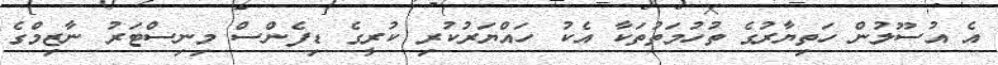
އެ އުސޫލުން ހަތިޔާރުގެ ތުހުމަތުތަކާ އެކު ހައްޔަރުކުރި ކުރީގެ ޑިފެންސް މިނިސްޓަރު ނާޒިމްގެ